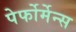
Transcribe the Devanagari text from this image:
पेर्फोर्मेन्स